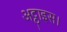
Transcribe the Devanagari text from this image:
अट्ठाइस।